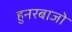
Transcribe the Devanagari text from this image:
हुनरबाजो